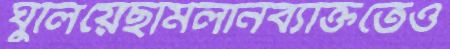
ঘুলিয়েছমিলানব্যক্তিতেও